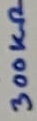
Text: 300kΩ